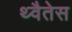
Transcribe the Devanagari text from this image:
थ्वैतेस